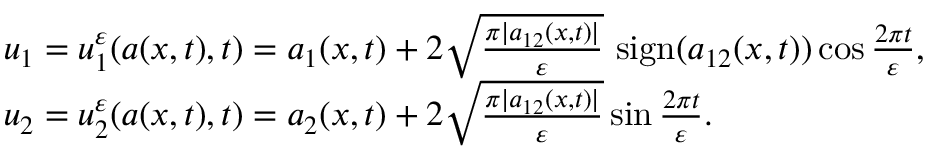
\begin{array} { r l } & { u _ { 1 } = u _ { 1 } ^ { \varepsilon } ( a ( x , t ) , t ) = a _ { 1 } ( x , t ) + 2 \sqrt { \frac { \pi | a _ { 1 2 } ( x , t ) | } { \varepsilon } } \ \mathrm { s i g n } ( a _ { 1 2 } ( x , t ) ) \cos { \frac { 2 \pi t } { \varepsilon } } , } \\ & { u _ { 2 } = u _ { 2 } ^ { \varepsilon } ( a ( x , t ) , t ) = a _ { 2 } ( x , t ) + 2 \sqrt { \frac { \pi | a _ { 1 2 } ( x , t ) | } { \varepsilon } } \sin { \frac { 2 \pi t } { \varepsilon } } . } \end{array}